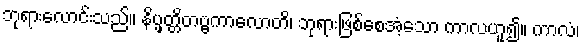
ဘုရားလောင်းသည်။ နိပ္ဖတ္တိတဗ္ဗကာလောတိ၊ ဘုရားဖြစ်စေအံ့သော ကာလဟူ၍။ ကာလံ၊